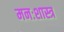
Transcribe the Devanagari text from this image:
मनःशास्त्र